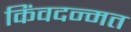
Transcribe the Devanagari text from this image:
किंवदन्मत